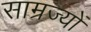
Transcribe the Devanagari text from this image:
साम्रज्यों